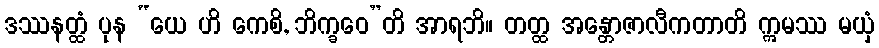
ဒဿနတ္ထံ ပုန “ယေ ဟိ ကေစိ, ဘိက္ခဝေ”တိ အာရဘိ။ တတ္ထ အန္တောဇာလီကတာတိ ဣမဿ မယှံ